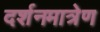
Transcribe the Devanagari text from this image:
दर्शनमात्रेण